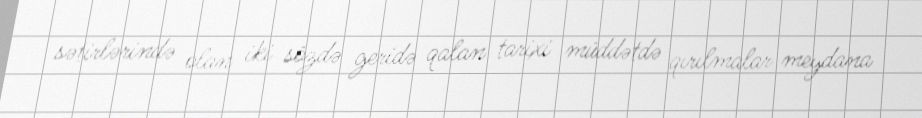
sətirlərində olan iki sözdə geridə qalan tarixi müddətdə qırılmalar meydana